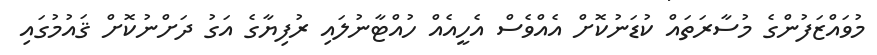
މުވައްޒަފުންގެ މުސާރަތައް ކުޑަނުކޮށް އެއްވެސް އެހީއެއް ހުއްޓާނުލައި ރުފިޔާގެ އަގު ދަށްނުކޮށް ޤައުމުގައި